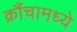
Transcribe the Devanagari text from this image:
क्रौंचामध्ये